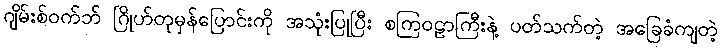
ဂျိမ်းစ်ဝက်ဘ် ဂြိုဟ်တုမှန်ပြောင်းကို အသုံးပြုပြီး စကြဝဠာကြီးနဲ့ ပတ်သက်တဲ့ အခြေခံကျတဲ့